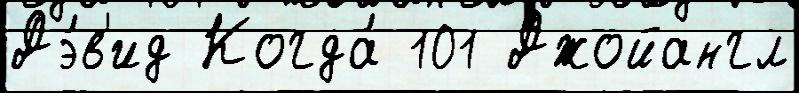
Дэ́в'ид Когда́ 101 Джойангл